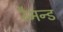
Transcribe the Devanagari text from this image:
रैमन्ड